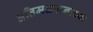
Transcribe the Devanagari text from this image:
अतिमद्यपानाच्या